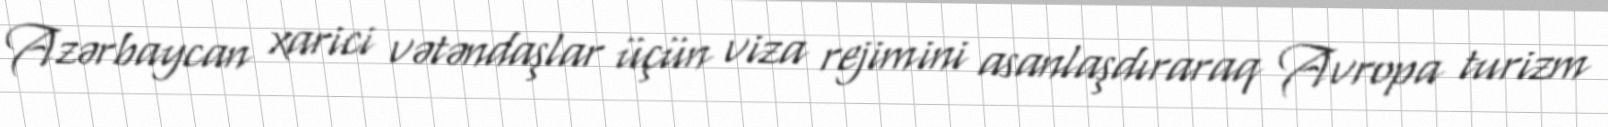
Azərbaycan xarici vətəndaşlar üçün viza rejimini asanlaşdıraraq Avropa turizm